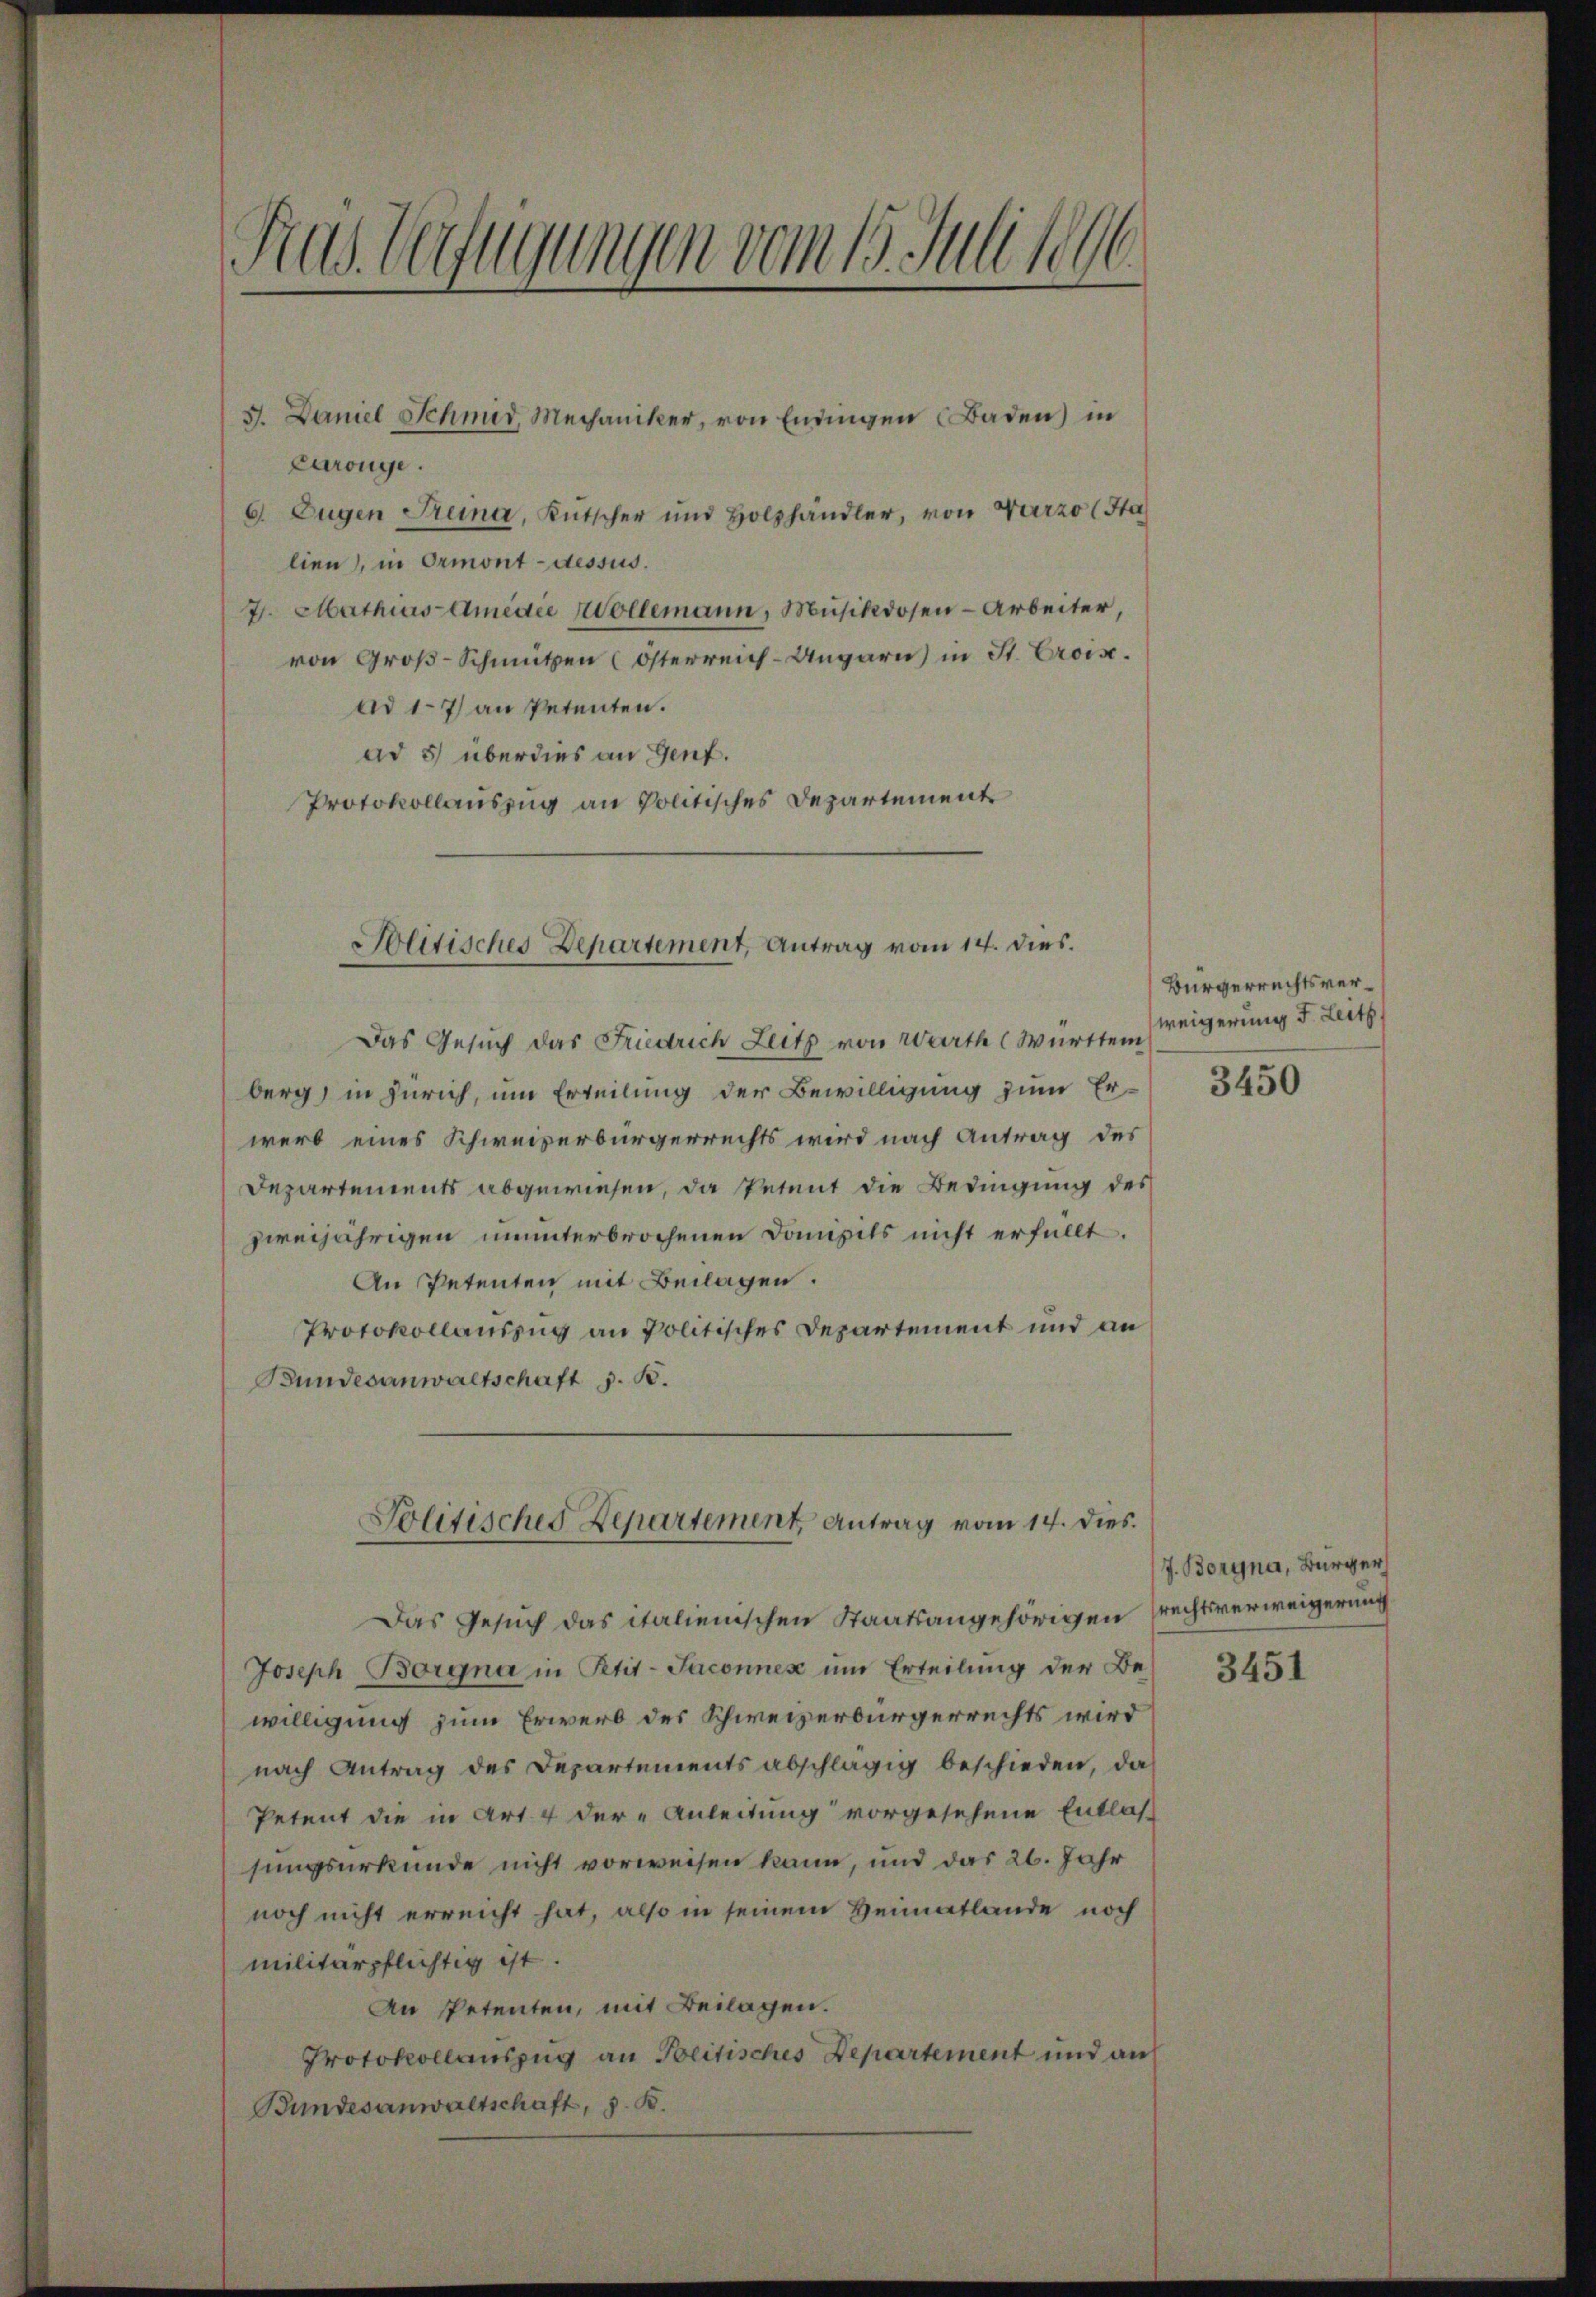
Pras Verfügungen vom 15. Juli 1896

Carönge.
6. Eugen Treina, Kŭtscher und Holzhändler, von Varzo (Sta
lien, in Ormont-dessus.
7. Mathias Amedie Wollemann, Musikdosen - Arbeiter,
von Groß-Schmutzen österreich-Ungarn in St. Croix.
ad 17) an Petenten.
ad 5 überdies an Genf.
Protokollauszug an Politisches Departement
Das Gesuch das Friedrich Zeitz von Warth Württem
berg, in Zürich, um Erteilung der Bewilligung zum Erwerb eines Schweizerbürgerrechts wird nach Antrag des
Departements abgewiesen, da Petent die Bedingung des
zweijährigen ununterbrochenen Domizils nicht erfüllt.
An Petenten mit Beilagen.
Protokollauszug an Politisches Departement und an
Bundesanwaltschaft z. B.
Politisches Departement Antrag vom 14. dies.
Das Gesuch das italienischen Staatsangehörigen rechtsverweigerung
Joseph Borgna in Petit- Jaconnex um Erteilung der Be-
willigung zum Erwerb des Schweizerbürgerrechts wird
nach Antrag des Departements abschlägig beschieden, da
Petent die in Art. 4 der Anleitung vorgesehene Entlas-
sungsurkunde nicht vorweisen kann, und das 26. Jahr
noch nicht erreicht hat, also in seinem Heimatlande noch
militärpflichtig ist.
An Petenten, mit Beilagen.
Protokollauszug an Breitisches Departement und auf
Bundesanwaltschaft, s. B.

5. Daniel Schmid, Mechaniker, von Endingen Baden) in

Solitisches Departement, Antrag vom 14. dies.

Bürgerrechtsverweigerung Fr. Leith

3450

J. Borgna, Bürger

3451